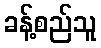
ခန့်စည်သူ